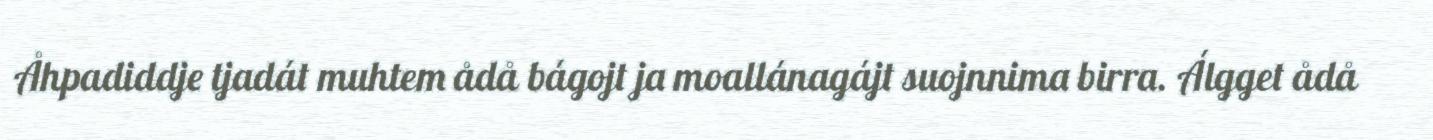
Åhpadiddje tjadát muhtem ådå bágojt ja moallánagájt suojnnima birra. Álgget ådå